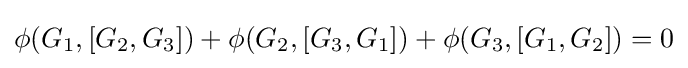
\phi (G_{1},[G_{2},G_{3}])+\phi (G_{2},[G_{3},G_{1}])+\phi (G_{3},[G_{1},G_{2}])=0